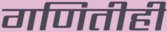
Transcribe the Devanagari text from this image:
गणितीही